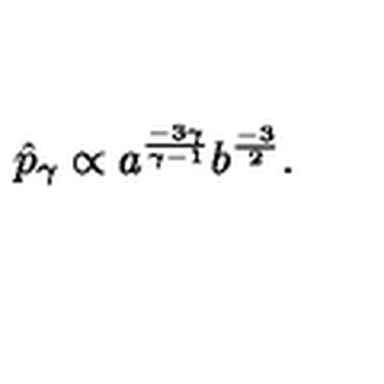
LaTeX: \hat { p } _ { \gamma } \propto a ^ { \frac { - 3 \gamma } { \gamma - 1 } } b ^ { \frac { - 3 } { 2 } } .